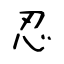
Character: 忍